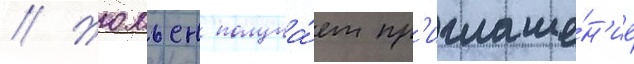
// Жюльен получа́ет пр'иглаше́н'ие